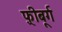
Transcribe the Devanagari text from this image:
फ़्रीबूर्ग